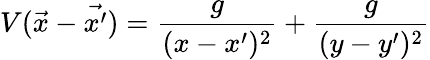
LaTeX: V(\vec{x}-\vec{x^{\prime}})=\frac{g}{(x-x^{\prime})^{2}}+\frac{g}{(y-y^{\prime})^{2}}